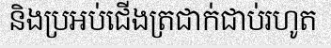
និងប្រអប់ជើងត្រជាក់ជាប់រហូត